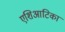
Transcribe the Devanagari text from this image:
एशिआटिका